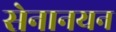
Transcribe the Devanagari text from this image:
सेनानयन